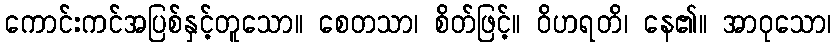
ကောင်းကင်အပြစ်နှင့်တူသော။ စေတသာ၊ စိတ်ဖြင့်။ ဝိဟရတိ၊ နေ၏။ အာဝုသော၊